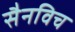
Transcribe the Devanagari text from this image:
सैनविच